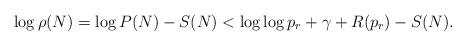
LaTeX: \begin{align*}\log \rho (N)=\log P(N)-S(N)<\log \log p_r+\gamma+R(p_r)-S(N).\end{align*}